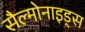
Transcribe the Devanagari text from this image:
सैल्मोनाइड्स